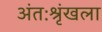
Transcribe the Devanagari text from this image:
अंतःश्रृंखला